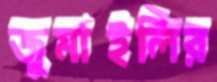
জুমাইলির